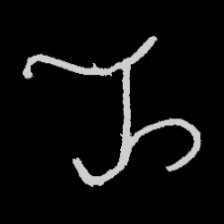
Pyu character \u2014 Myanmar letter: ည (romanized: nya)